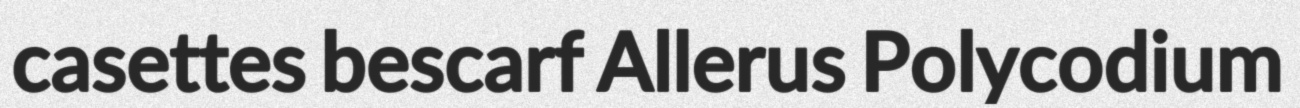
casettes bescarf Allerus Polycodium